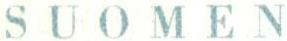
SUOMEN